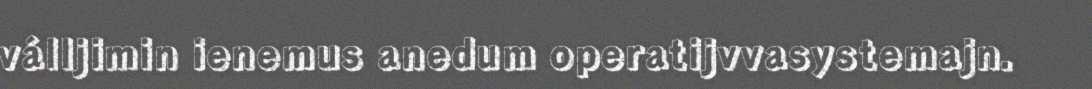
válljimin ienemus anedum operatijvvasystemajn.